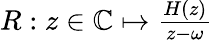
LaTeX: \begin{array}{r}{\begin{array}{r}{R:z\in\mathbb{C}\mapsto\frac{H(z)}{z-\omega}}\end{array}}\end{array}